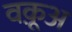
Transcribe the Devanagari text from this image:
वक़ूअ